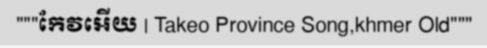
"""កែវអើយ | Takeo Province Song,khmer Old"""